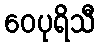
ဝေပုရိသီ